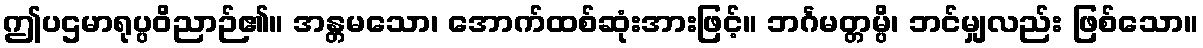
ဤပဌမာရုပ္ပဝိညာဉ်၏။ အန္တမသော၊ အောက်ထစ်ဆုံးအားဖြင့်။ ဘင်္ဂမတ္တမ္ပိ၊ ဘင်မျှလည်း ဖြစ်သော။